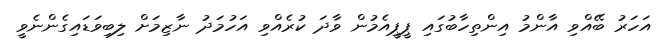
އަހަރު ބޭއްވި އާންމު އިންތިހާބުގައި ޕީޕީއެމުން ވާދަ ކުރެއްވި އަހުމަދު ނާޒިމަށް ލިިބިވަޑައިގެންނެވީ